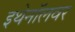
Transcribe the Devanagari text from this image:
इथेनॉलवर